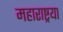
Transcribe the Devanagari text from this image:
महाराष्ट्रया